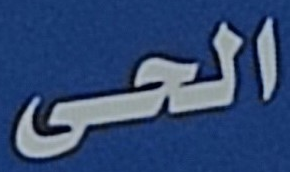
الحى